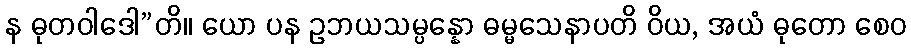
န ဓုတဝါဒေါ”တိ။ ယော ပန ဥဘယသမ္ပန္နော ဓမ္မသေနာပတိ ဝိယ, အယံ ဓုတော စေဝ